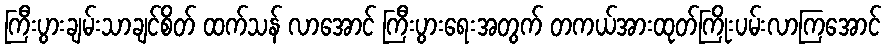
ကြီးပွားချမ်းသာချင်စိတ် ထက်သန် လာအောင် ကြီးပွားရေးအတွက် တကယ်အားထုတ်ကြိုးပမ်းလာကြအောင်